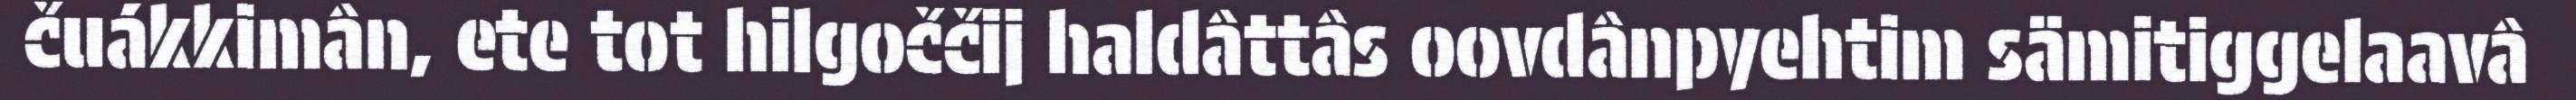
čuákkimân, ete tot hilgoččij haldâttâs oovdânpyehtim sämitiggelaavâ